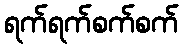
ရက်ရက်စက်စက်